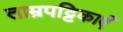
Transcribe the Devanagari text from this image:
ताम्रपट्टिकाएँ